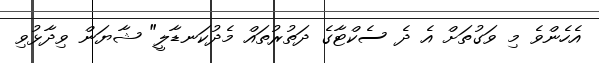
އެހެންވެ މި ވަގުތަށް އެ ދެ ސެކްޓާގެ ދަތުރުތައް މެދުކަނޑާލީ" ޝާޔަން ވިދާޅުވި